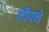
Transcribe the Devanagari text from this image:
मीपने